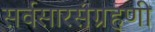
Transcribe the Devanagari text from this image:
सर्वसारसंग्रहणी